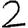
Digit: 2